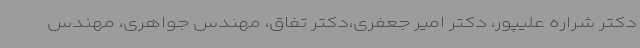
دکتر شراره علیپور، دکتر امیر جعفری،دکتر تفاق، مهندس جواهری، مهندس